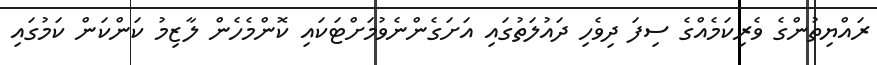
ރައްޔިތުންގެ ވެރިކަމެއްގެ ސިފަ ދިވެހި ދައުލަތުގައި އަށަގެންނެވުމަށްޓަކައި ކޮންމެހެން ލާޒިމު ކަންކަން ކަމުގައި